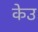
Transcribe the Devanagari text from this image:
केउ